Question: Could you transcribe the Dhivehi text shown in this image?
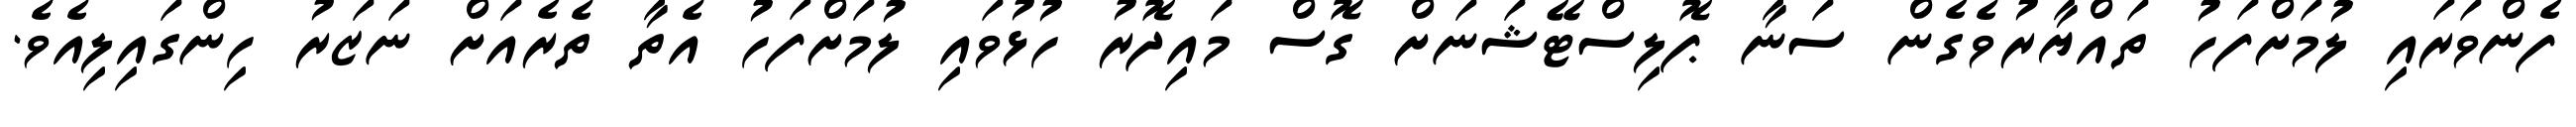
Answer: ފެންވަރައި ލުމަށްފަހު ތައްޔާރުވެގެން ސަނާ ޕޮލިސްޓޭޝަނަށް ގޮސް މައިދޮރު ހުޅުވައި ލުމަށްފަހު އެތާ ތެރެއަށް ނަޒަރު ހިންގައިލިއެވެ.